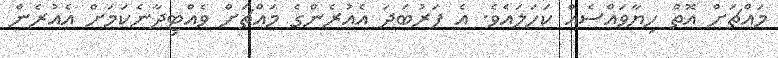
މައްޗަށް އޮތް ހިޔާވައްސެއް ކަހަލައެވެ. އެ ފަރުބަދަ އެއުރެންގެ މައްޗަށް ވެއްޓިދާނެކަމަށް އެއުރެން